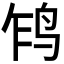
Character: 𲍱